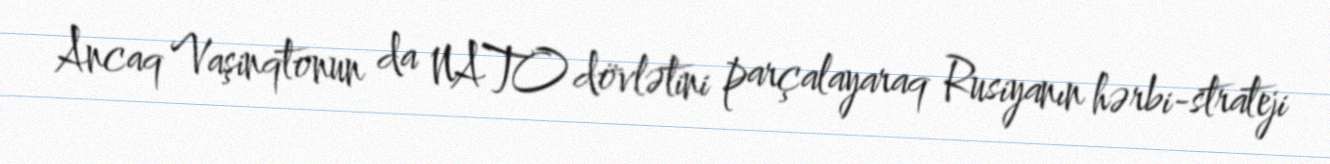
Ancaq Vaşinqtonun da NATO dövlətini parçalayaraq Rusiyanın hərbi-strateji